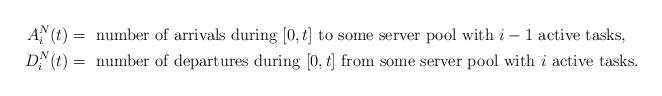
LaTeX: \begin{align*}A_i^N(t)&=\mbox{ number of arrivals during $[0,t]$ to some server pool with }i-1\mbox{ active tasks,} \\D_i^N(t)&=\mbox{ number of departures during $[0,t]$ from some server pool with }i\mbox{ active tasks}.\end{align*}